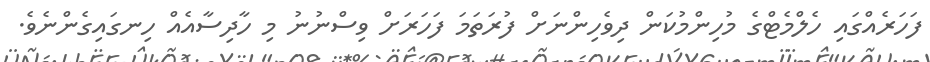
ފަހަރެއްގައި ހެލްމެޓްގެ މުހިންމުކަން ދިވެހިންނަށް ފުރަތަމަ ފަހަރަށް ވިސްނުނު މި ހާދިސާއެއް ހިނގައިގެންނެވެ.